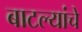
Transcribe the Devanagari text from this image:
बाटल्यांचे